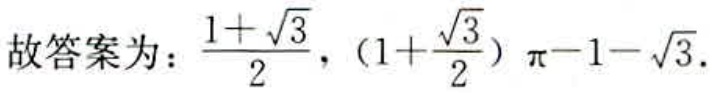
故答案为：\(\frac{1 + \sqrt{3}}{2}\)，\((1 + \frac{\sqrt{3}}{2})\pi - 1 - \sqrt{3}\).